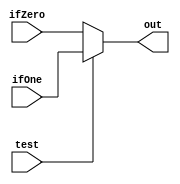
module global_mux(input wire test, input wire [BITS:0] ifZero, input wire [BITS:0] ifOne, output reg [BITS:0] out);
parameter BITS = 31;
always @(*)
  begin
    out = (test == 0 ? ifZero : ifOne); //terinary operator to determine output of mux.
  end
endmodule